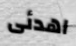
اهدئى